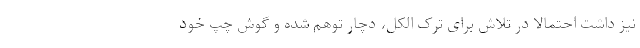
نیز داشت احتمالا در تلاش برای ترک الکل، دچار توهم شده و گوش چپ خود